Elephants and their diseases
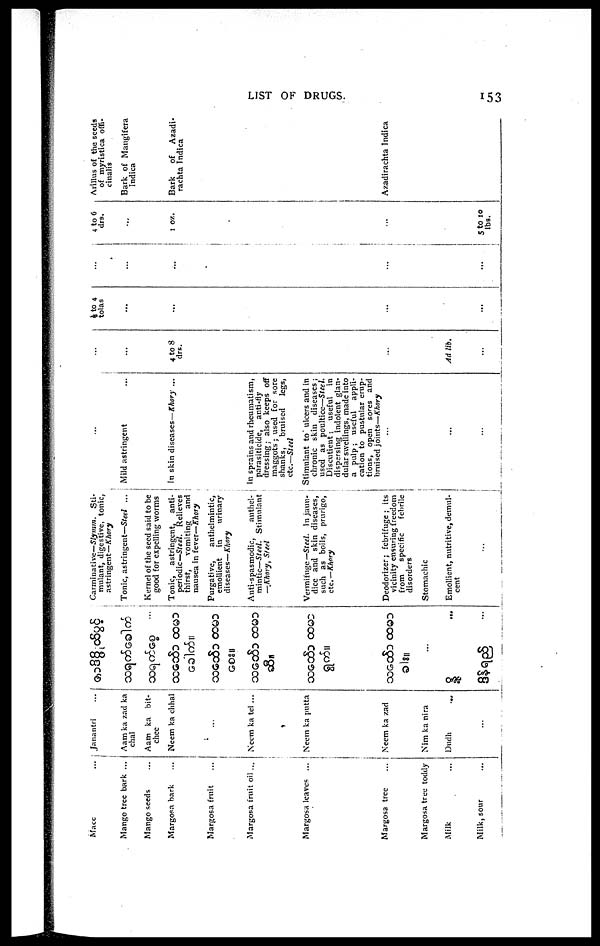
LIST OF DRUGS.
153
Macc
Mango tree bark ...
Mango seeds
Margosa bark
Margosa fruit
Margosa fruit oil...
Margosa leaves ...
Margosa tree
Margosa tree toddy
Milk
Milk, sour
Janantri
Aam ka zad ka
chal
Aam ka bit¬
chce
Neem ka chhal
Neem ka tel...
Neem ka putta
Neem ka zad
Nim ka nira
Dudh
...
...
Carminative—Slymm. Sti-
mulant, digestive, tonic,
astringent—Khary
Tonic, astringent—Steel ...
Kernel of the seed said to be
good for expelling worms
Tonic, astringent,
anti-
periodic— Steel. Relieves
thirst,
vomiting
and
nausea in fever—Khory
Purgative,
anthelmintic,
emollient
in
urinary
diseases—Khory
Anti-spasmodic,
anthel-
mintic— Steel. Stimulant
—Khory, Steel
Vermifuge— Steel. In jaun-
dice and skin diseases,
such as boils, prurigo,
etc.— Khory
Deodorizer; febrifuge ; its
vicinity ensuring freedom
from
specific
febrile
disorders
Stomachic
Emollient, nutritive, demul-
cent
....
...
Mild astringent
In skin diseases—Khory ...
In sprains and rheumatism,
parasiticide,
anti-fly
dressing; also keeps off
maggots ; used for sore
shanks,
bruised
legs,
etc.—Steel
Stimulant to ulcers and in
chronic skin diseases;
used as poultice—Steel.
Discutient;
useful
in
dispersing indolent glan-
dular swellings, made into
a pulp; useful
appli-
cation to pustular erup-
tions, open sores and
bruised joints—Khory
...
...
...
...
...
...
4 to 8
drs.
...
...
Ad lib.
...
½ to 4
tolas
...
..
...
...
...
...
...
...
..
...
...
...
4 to 6
drs.
...
1 oz.
...
...
5 to 10
lbs.
Arillus of the seeds
of myristica offi¬
cinalis
Bark of Mangifera
Indica
Bark
of Azadi¬
rachta Indica
Azadirachta Indica